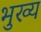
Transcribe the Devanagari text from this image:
भुख्य